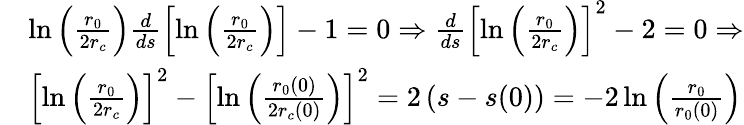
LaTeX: \begin{array}{rl}&{\ln\left(\frac{r_{0}}{2r_{c}}\right)\frac{d}{ds}\left[\ln\left(\frac{r_{0}}{2r_{c}}\right)\right]-1=0\Rightarrow\frac{d}{ds}\left[\ln\left(\frac{r_{0}}{2r_{c}}\right)\right]^{2}-2=0\Rightarrow}\\ &{\left[\ln\left(\frac{r_{0}}{2r_{c}}\right)\right]^{2}-\left[\ln\left(\frac{r_{0}(0)}{2r_{c}(0)}\right)\right]^{2}=2\left(s-s(0)\right)=-2\ln\left(\frac{r_{0}}{r_{0}(0)}\right)}\end{array}